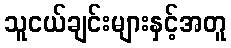
သူငယ်ချင်းများနှင့်အတူ